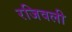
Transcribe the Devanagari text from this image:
रजिवली